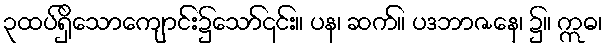
၃ထပ်ရှိသောကျောင်း၌သော်၎င်း။ ပန၊ ဆက်။ ပဒဘာဇနေ၊ ၌။ ဣဓ၊